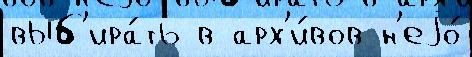
выб'ира́ть в арх'и́вов н'еjо́